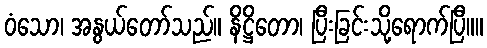
ဝံသော၊ အနွယ်တော်သည်။ နိဋ္ဌိတော၊ ပြီးခြင်းသို့ရောက်ပြီ။။